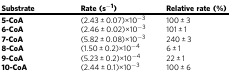
| Substrate | Rate (s−1) | Relative rate (%) |
 | --- | --- | --- |
 | 5-CoA | (2.43 ± 0.07)×10−3 | 100 ± 3 |
 | 6-CoA | (2.46 ± 0.02)×10−3 | 101 ± 1 |
 | 7-CoA | (5.82 ± 0.08)×10−3 | 240 ± 3 |
 | 8-CoA | (1.50 ± 0.2)×10−4 | 6 ± 1 |
 | 9-CoA | (5.23 ± 0.2)×10−4 | 22 ± 1 |
 | 10-CoA | (2.44 ± 0.1)×10−3 | 100 ± 6 |